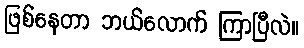
ဖြစ်နေတာ ဘယ်လောက် ကြာပြီလဲ။